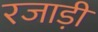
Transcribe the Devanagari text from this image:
रजाड़ी